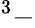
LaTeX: ^{3}-